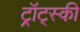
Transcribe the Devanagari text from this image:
ट्र्रॉट्स्की